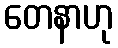
တေနာဟု